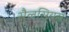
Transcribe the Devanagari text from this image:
सैलसियस